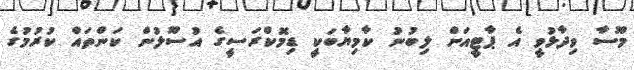
މޫސާ ވިދާޅުވީ އެ ޕާޓީއަށް ލިބުނު ކާމިޔާބަކީ ޑިމޮކްރަސީގެ އުސޫލުން ކަންތައް ކުރުމުގެ